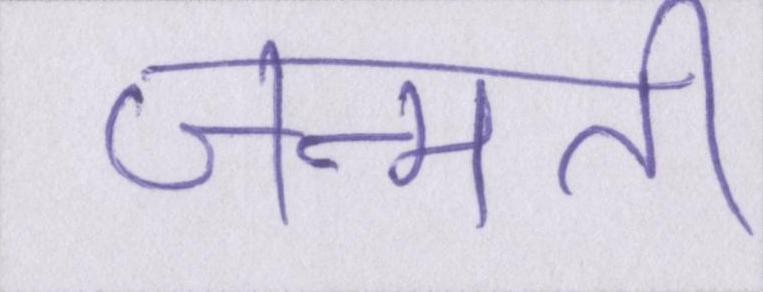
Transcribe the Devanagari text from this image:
जन्मती